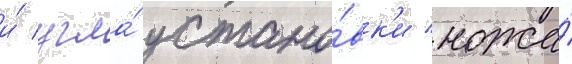
и́ угла́ устано́вк'и ножа́